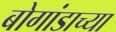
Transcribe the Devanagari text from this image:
बोगांडाच्या